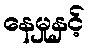
နေမှုနှင့်